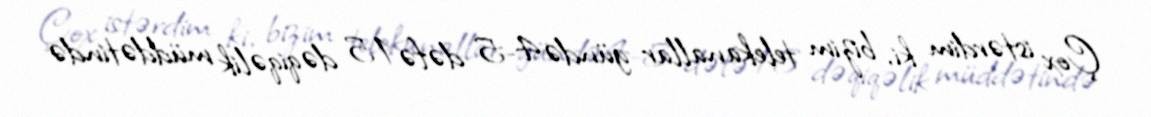
Çox istərdim ki, bizim telekanallar gündə 4-5 dəfə 15 dəqiqəlik müddətində